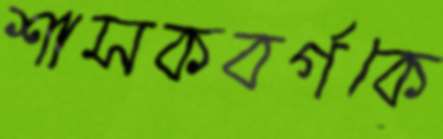
শাসকবর্গকে